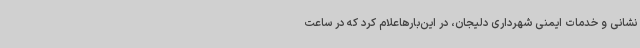
نشانی و خدمات ایمنی شهرداری دلیجان، در این‌بارهاعلام کرد که در ساعت